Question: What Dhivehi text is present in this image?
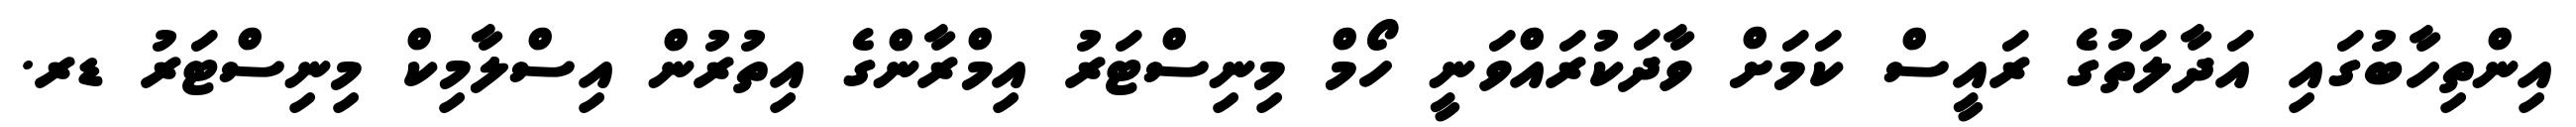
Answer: އިންތިހާބުގައި އަދާލަތުގެ ރައީސް ކަމަށް ވާދަކުރައްވަނީ ހޯމް މިނިސްޓަރު އިމްރާންގެ އިތުރުން އިސްލާމިކް މިނިސްޓަރު ޑރ.